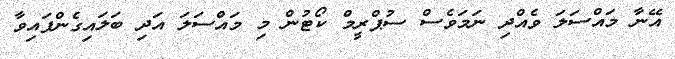
އޭނާ މައްސަލަ ވެއްދި ނަމަވެސް ސުޕްރީމް ކޯޓުން މި މައްސަލަ އަދި ބަލައިގެންފައިވާ